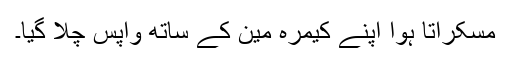
مسکراتا ہوا اپنے کیمرہ مین کے ساتھ واپس چلا گیا۔